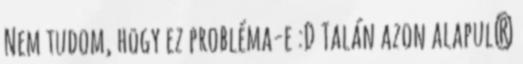
Nem tudom, hogy ez probléma-e :D Talán azon alapul?